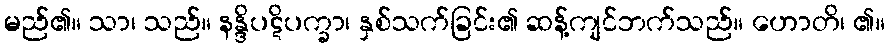
မည်၏။ သာ၊ သည်။ နန္ဒိပဋိပက္ခာ၊ နှစ်သက်ခြင်း၏ ဆန့်ကျင်ဘက်သည်။ ဟောတိ၊ ၏။